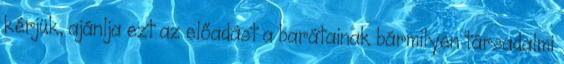
kérjük, ajánlja ezt az előadást a barátainak bármilyen társadalmi